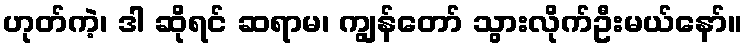
ဟုတ်ကဲ့၊ ဒါ ဆိုရင် ဆရာမ၊ ကျွန်တော် သွားလိုက်ဦးမယ်နော်။